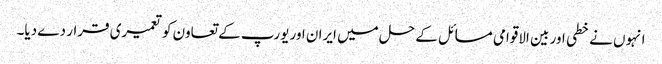
انہوں نے خطی اور بین الاقوامی مسائل کے حل میں ایران اور یورپ کے تعاون کو تعمیری قرار دے دیا۔